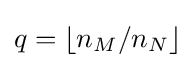
q=\lfloor n_{M}/n_{N}\rfloor